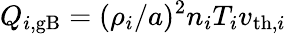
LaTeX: Q_{i,\mathrm{gB}}=(\rho_{i}/a)^{2}n_{i}T_{i}v_{\mathrm{th},i}